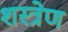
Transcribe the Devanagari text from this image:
शस्त्रेण